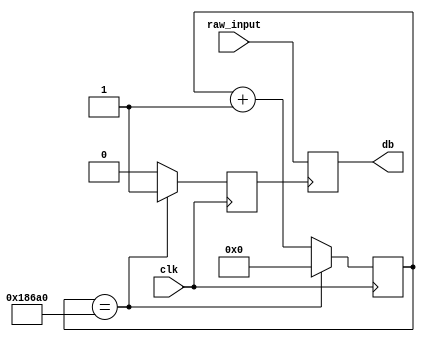
`timescale 1ns / 1ps
//////////////////////////////////////////////////////////////////////////////////
// Company: 
// Engineer: 
// 
// Design Name: 
// Module Name:    db_reset 
// Project Name: 
// Target Devices: 
// Tool versions: 
// Description: 
//
// Dependencies: 
//
// Revision: 
// Revision 0.01 - File Created
// Additional Comments: 
//
//////////////////////////////////////////////////////////////////////////////////
module db_reset(
    input clk,
    input raw_input,
    output reg db
    );
	 
	reg [31:0] counter = 0;
	reg clk_en = 0;
	
	always @ (posedge clk) 
	begin
		if (counter == 100000) 
		begin
			counter <= 0;
			clk_en <= 1;
		end 
		else 
		begin
			counter <= counter + 1;
			clk_en <= 0;
		end
	end
	
	always @ (posedge clk_en) 
	begin
		db <= raw_input;
	end


endmodule